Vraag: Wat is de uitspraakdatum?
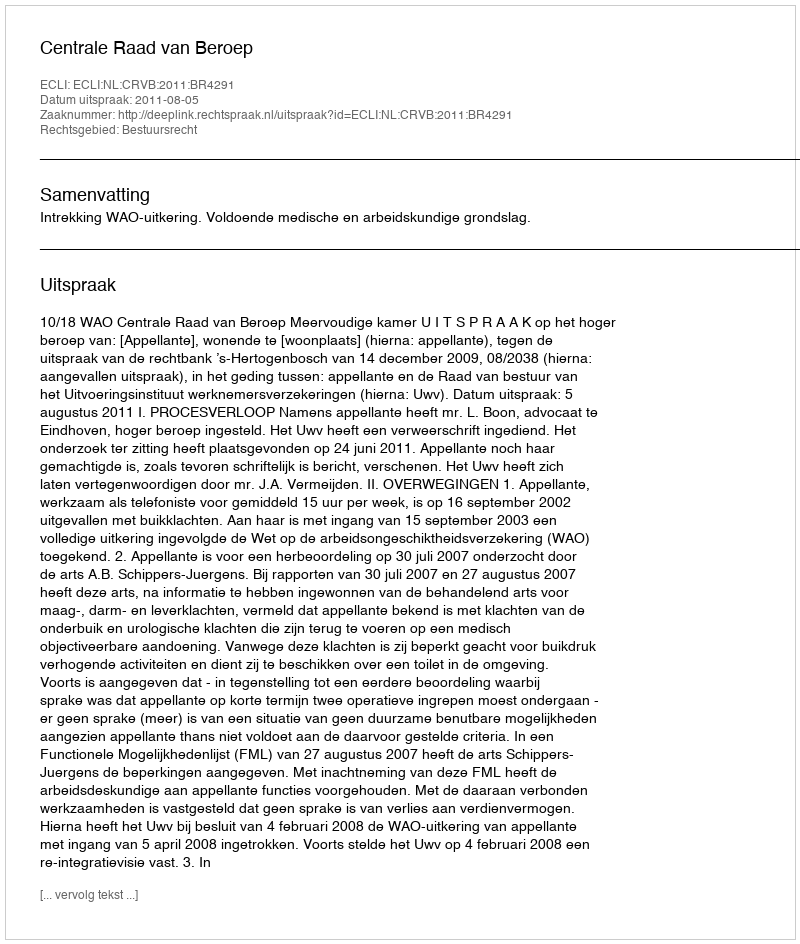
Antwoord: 2011-08-05